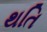
થતિ